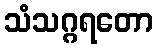
သံသဂ္ဂရတော